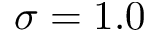
\sigma = 1 . 0